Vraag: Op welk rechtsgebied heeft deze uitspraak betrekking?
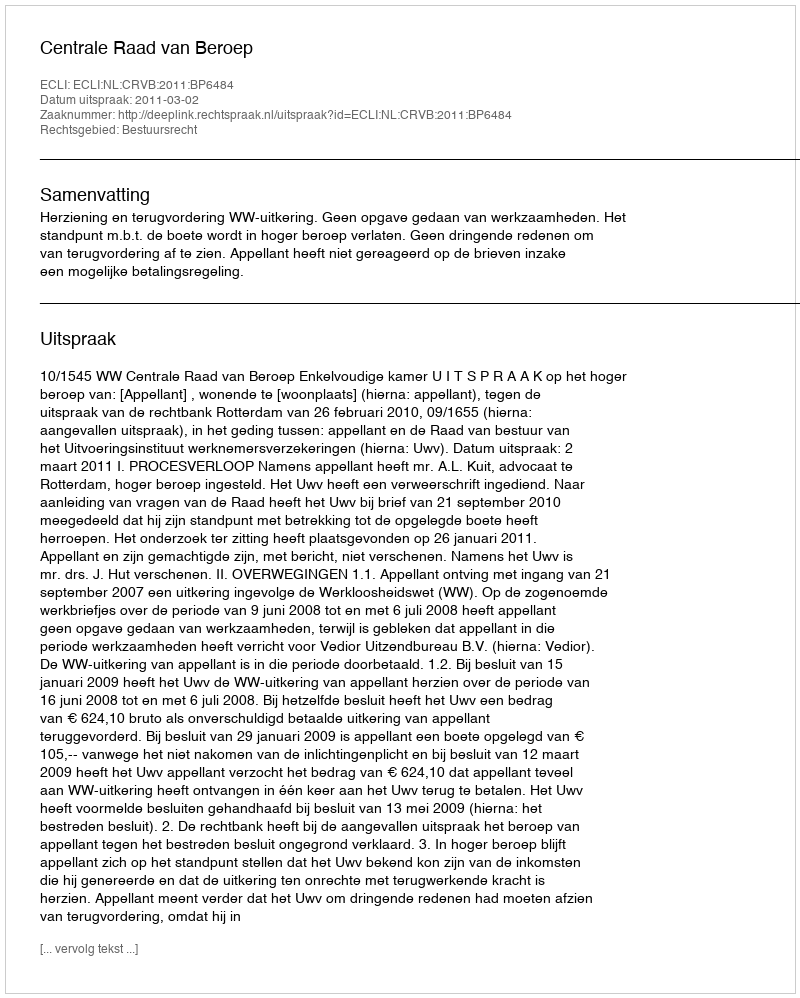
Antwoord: Bestuursrecht